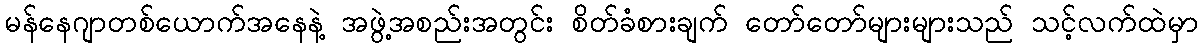
မန်နေဂျာတစ်ယောက်အနေနဲ့ အဖွဲ့အစည်းအတွင်း စိတ်ခံစားချက် တော်တော်များများသည် သင့်လက်ထဲမှာ